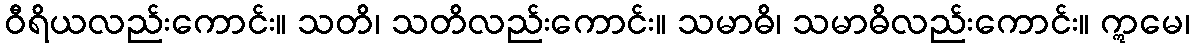
ဝီရိယလည်းကောင်း။ သတိ၊ သတိလည်းကောင်း။ သမာဓိ၊ သမာဓိလည်းကောင်း။ ဣမေ၊